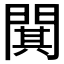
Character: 𫔥